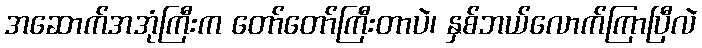
အဆောက်အအုံကြီးက တော်တော်ကြီးတာပဲ၊ နှစ်ဘယ်လောက်ကြာပြီလဲ